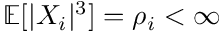
\mathbb { E } [ | X _ { i } | ^ { 3 } ] = \rho _ { i } < \infty